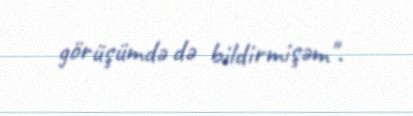
görüşümdə də bildirmişəm".